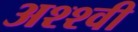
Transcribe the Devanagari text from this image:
अश्श्वी